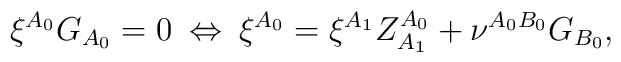
\xi^{A_{0}}G_{A_{0}} = 0 \: \Leftrightarrow \: \xi^{A_{0}} =\xi^{A_{1}}Z^{A_{0}}_{A_{1}} + \nu^{A_{0}B_{0}}G_{B_{0}},